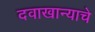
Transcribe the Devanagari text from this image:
दवाखान्याचे